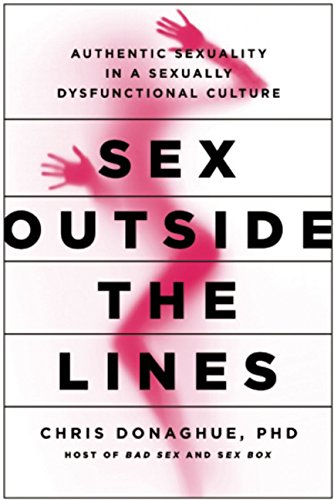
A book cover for Sex Outside the Lines: Authentic Sexuality in a Sexually Dysfunctional Culture; Chris Donaghue; Self-Help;